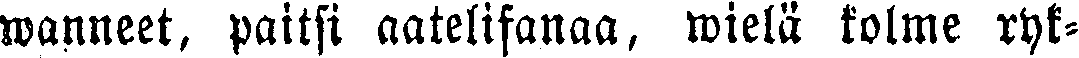
wanneet, paitsi aatelisanaa, wielä kolme ryk-